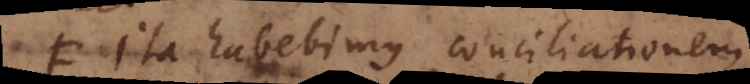
. Ita habebimus conciliationem